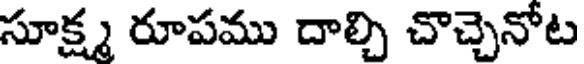
సూక్ష్మ రూపము దాల్చి చొచ్చెనోట